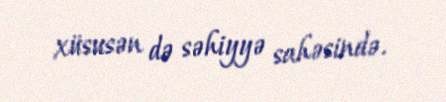
xüsusən də səhiyyə sahəsində.